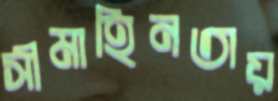
সীমাহিনতায়